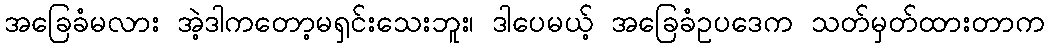
အခြေခံမလား အဲ့ဒါကတော့မရှင်းသေးဘူး၊ ဒါပေမယ့် အခြေခံဥပဒေက သတ်မှတ်ထားတာက